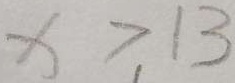
x > 1 3